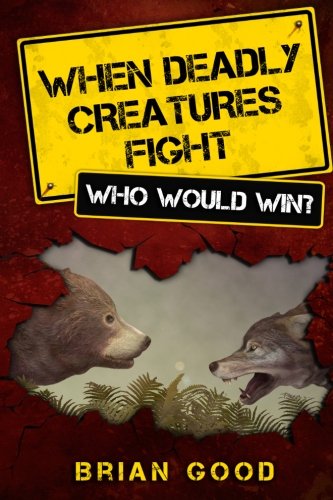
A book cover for When Deadly Creatures Fight - Who Would Win?; Brian Good; Children's Books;